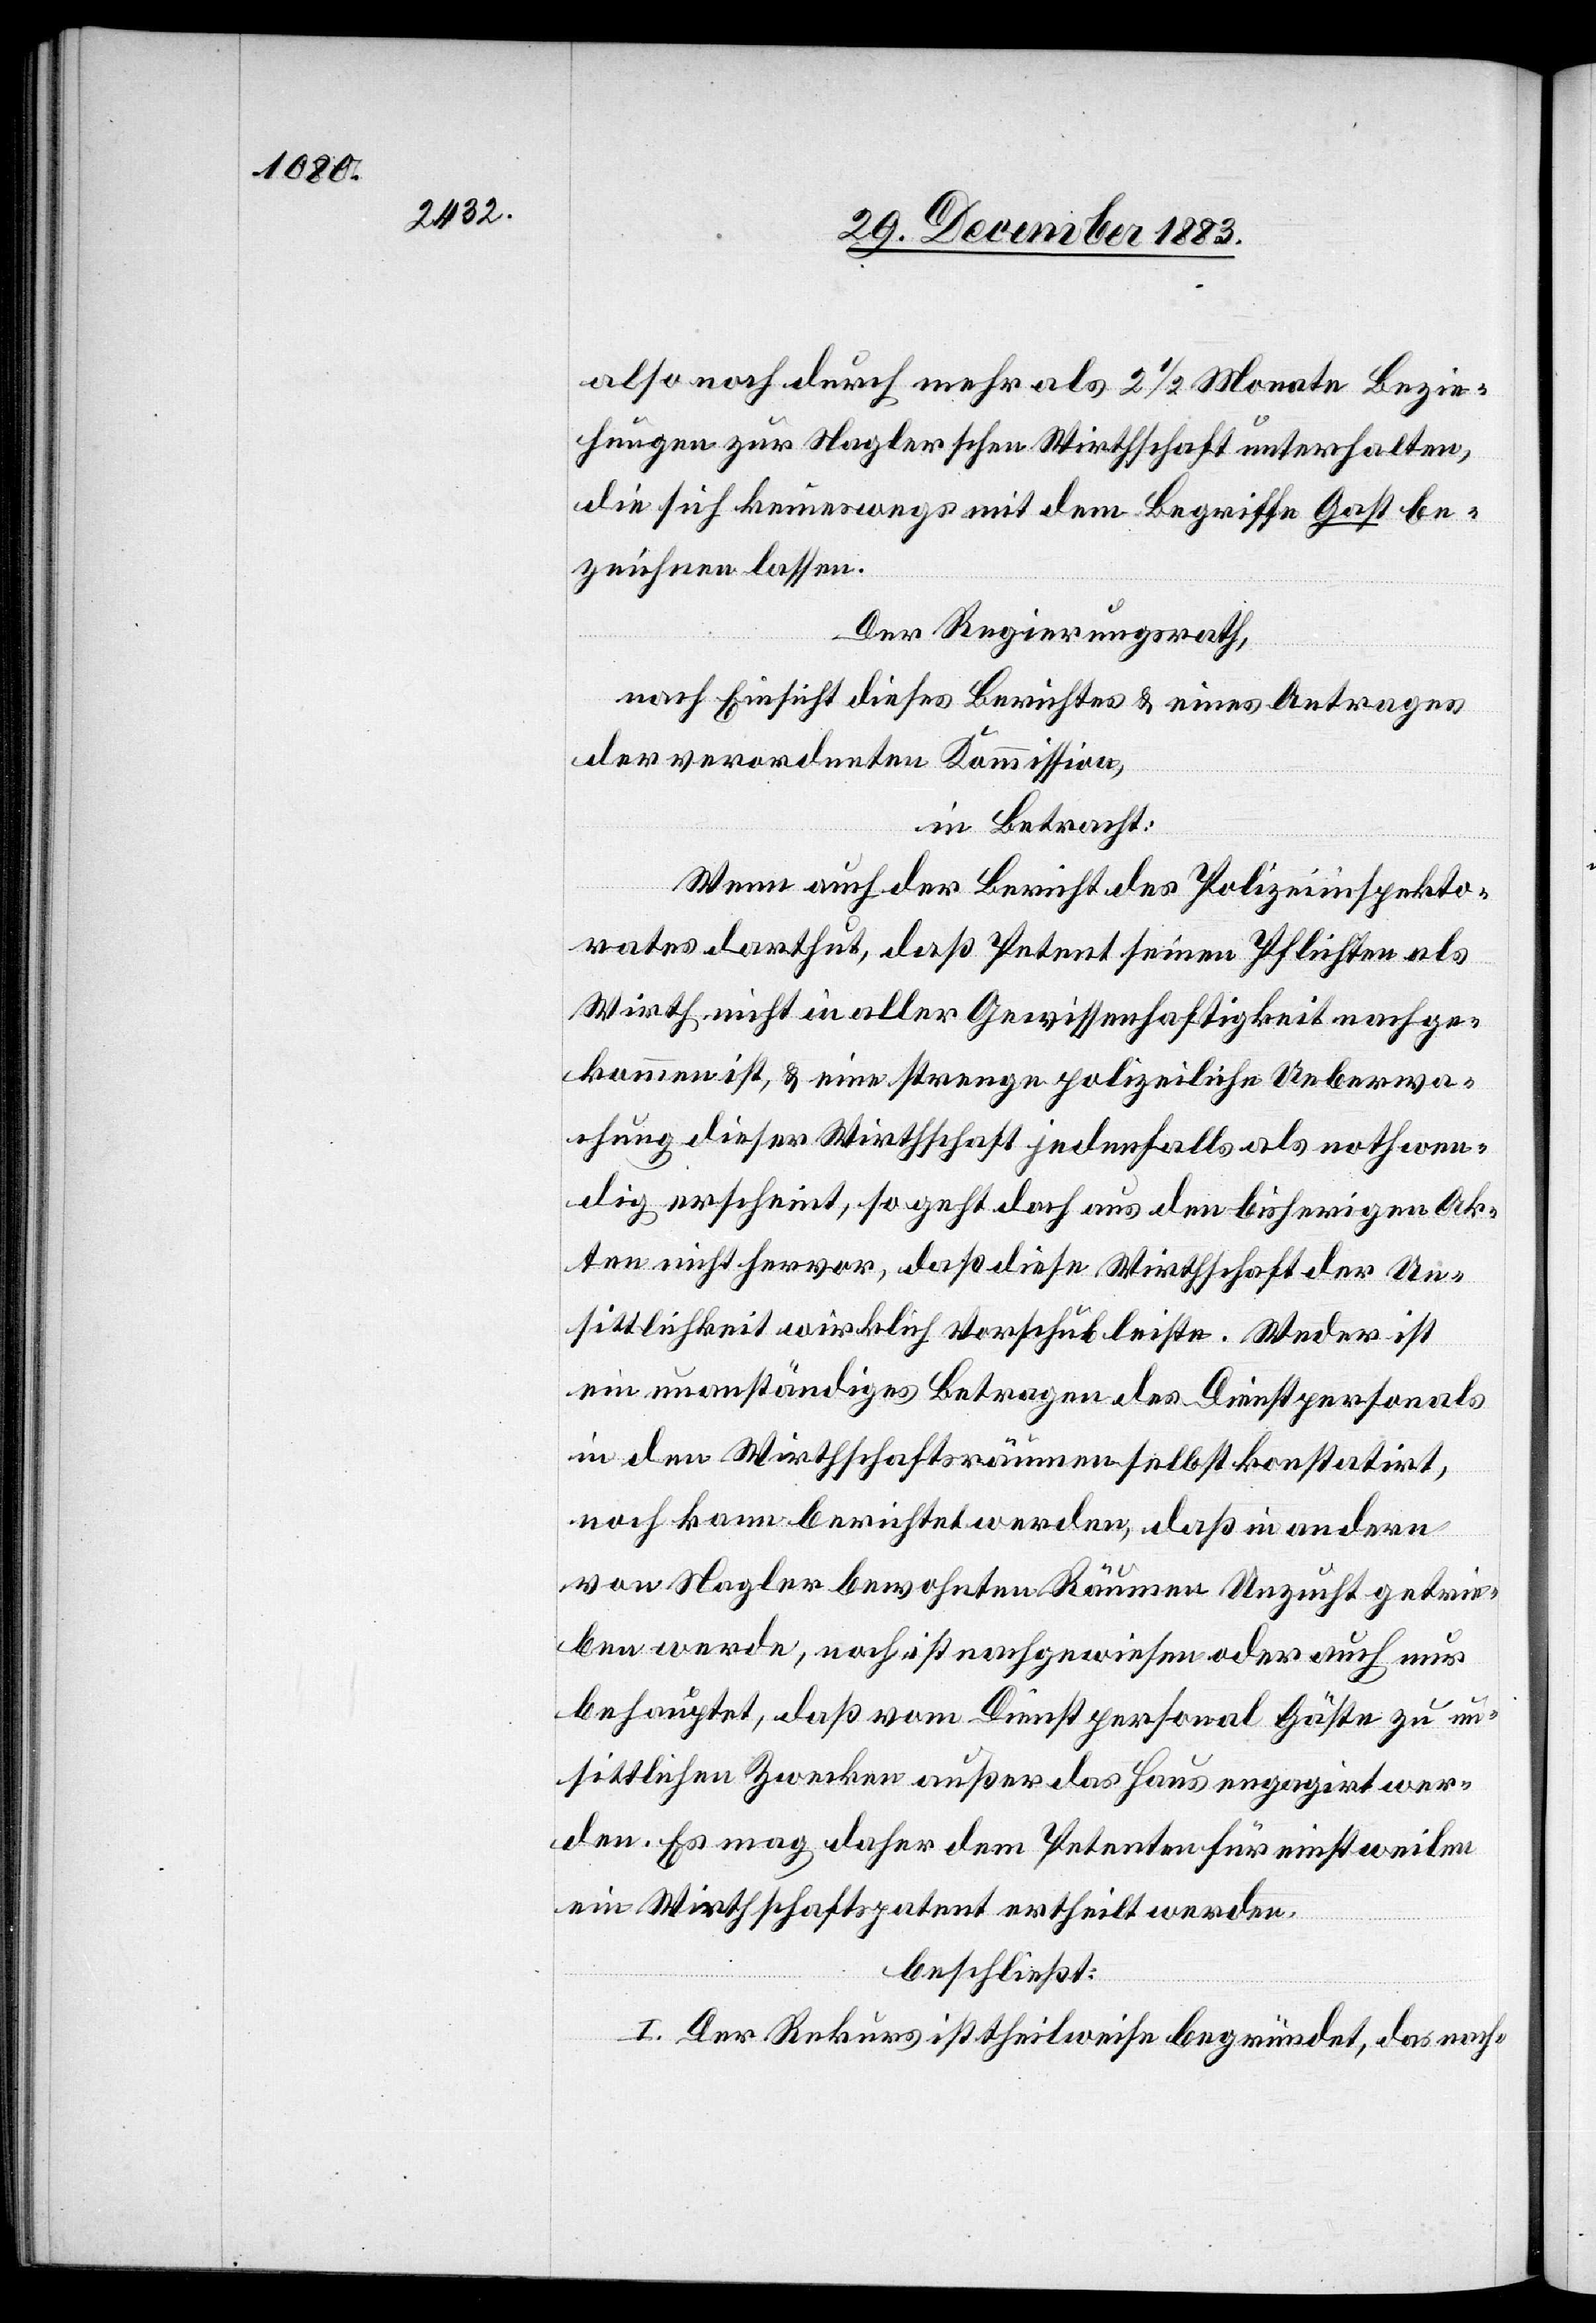
also noch durch mehr als 2 1/2 Monate Bezie¬
hungen zur Naglerschen Wirthschaft unterhalten,
die sich keineswegs mit dem Begriffe Gast be¬
zeichnen lassen.
Der Regierungsrath,
nach Einsicht dieses Berichtes & eines Antrages
der verordneten Kommission,
in Betracht:
Wenn auch der Bericht des Polizeiinspekto¬
rates darthut, daß Petent seinen Pflichten als
Wirth nicht in aller Gewissenhaftigkeit nachge¬
kommen ist, & eine strenge polizeiliche Ueberwa¬
chung dieser Wirthschaft jedenfalls als nothwen¬
dig erscheint, so geht doch aus den bisherigen Ak¬
ten nicht hervor, daß diese Wirthschaft der Un¬
sittlichkeit wirklich Vorschub leiste. Weder ist
ein unanständiges Betragen des Dienstpersonals
in den Wirthschaftsräumen selbst konstatirt,
noch kann berichtet werden, daß in andern
von Nagler bewohnten Räumen Unzucht getrie¬
ben werde, noch ist nachgewiesen oder auch nur
behauptet, daß vom Dienstpersonal Gäste zu un¬
sittlichen Zwecken außer das Haus engagirt wer¬
den. Es mag daher dem Petenten für einstweilen
ein Wirthschaftspatent ertheilt werden,
beschließt:
I. Der Rekurs ist theilweise begründet, das nach-